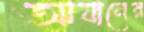
আযানের